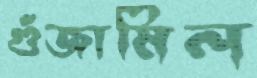
গুঁজামিল